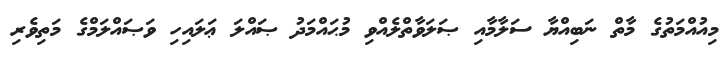
މިއުއްމަތުގެ މާތް ނަބިއްޔާ ސަލާމާއި ޞަލަވާތްލެއްވި މުޙައްމަދު ޞައްލަ ޢަލައިހި ވަޞައްލަމްގެ މަތިވެރި